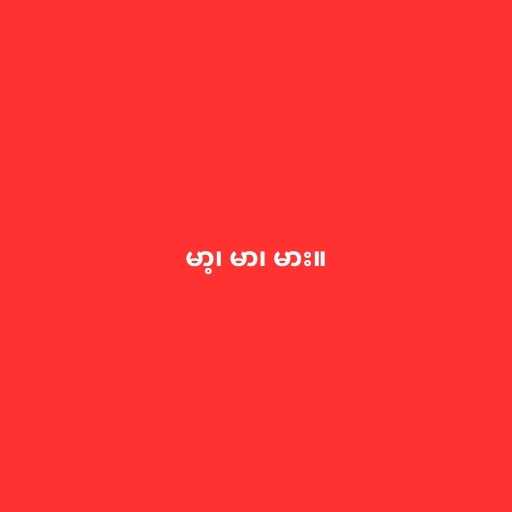
မာ့၊ မာ၊ မား။